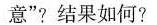
意”?结果如何?